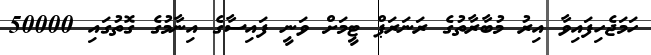
ހަމަޖެހިފައިވާ އިރު މުބާރާތުގެ ރަނަރަޕް ޓީމަށް ވަނީ ފައިސާގެ އިނާމުގެ ގޮތުގައި 50000